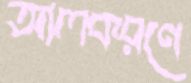
আলকরণে